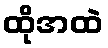
ထိုအထဲ